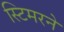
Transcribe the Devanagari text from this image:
स्टिमरने